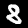
Digit: 8